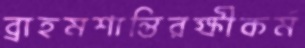
ব্রাহমশান্তিরক্ষীকর্ম